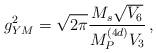
LaTeX: \begin{align*}g_{YM}^2=\sqrt{2\pi}{{M_s\sqrt{V_6}}\over{M_P^{(4d)}V_3}}\, ,\end{align*}